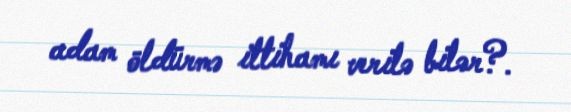
adam öldürmə ittihamı verilə bilər?.